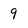
Character: 9